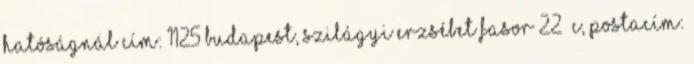
Hatóságnál cím: 1125 Budapest, Szilágyi Erzsébet fasor 22 C, postacím: